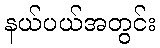
နယ်ပယ်အတွင်း